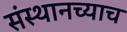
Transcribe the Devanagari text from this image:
संस्थानच्याच